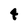
Character: 4